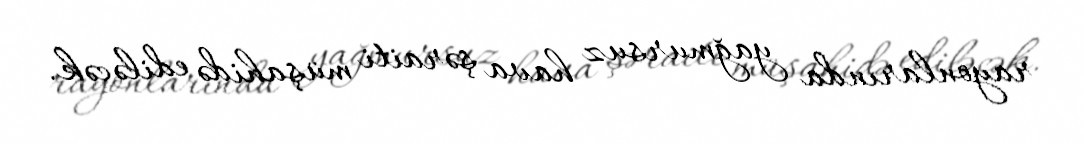
rayonlarında yağmursuz hava şəraiti müşahidə ediləcək.